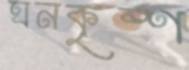
ঘনকৃষ্ণ